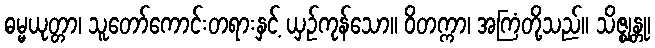
ဓမ္မယုတ္တာ၊ သူတော်ကောင်းတရားနှင့် ယှဉ်ကုန်သော။ ဝိတက္ကာ၊ အကြံတို့သည်။ သိဇ္ဈန္တု၊